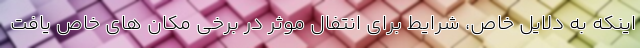
اینکه به دلایل خاص، شرایط برای انتفال موثر در برخی مکان های خاص یافت